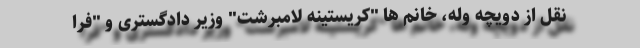
نقل از دویچه وله، خانم ها "کریستینه لامبرشت" وزیر دادگستری و "فرا